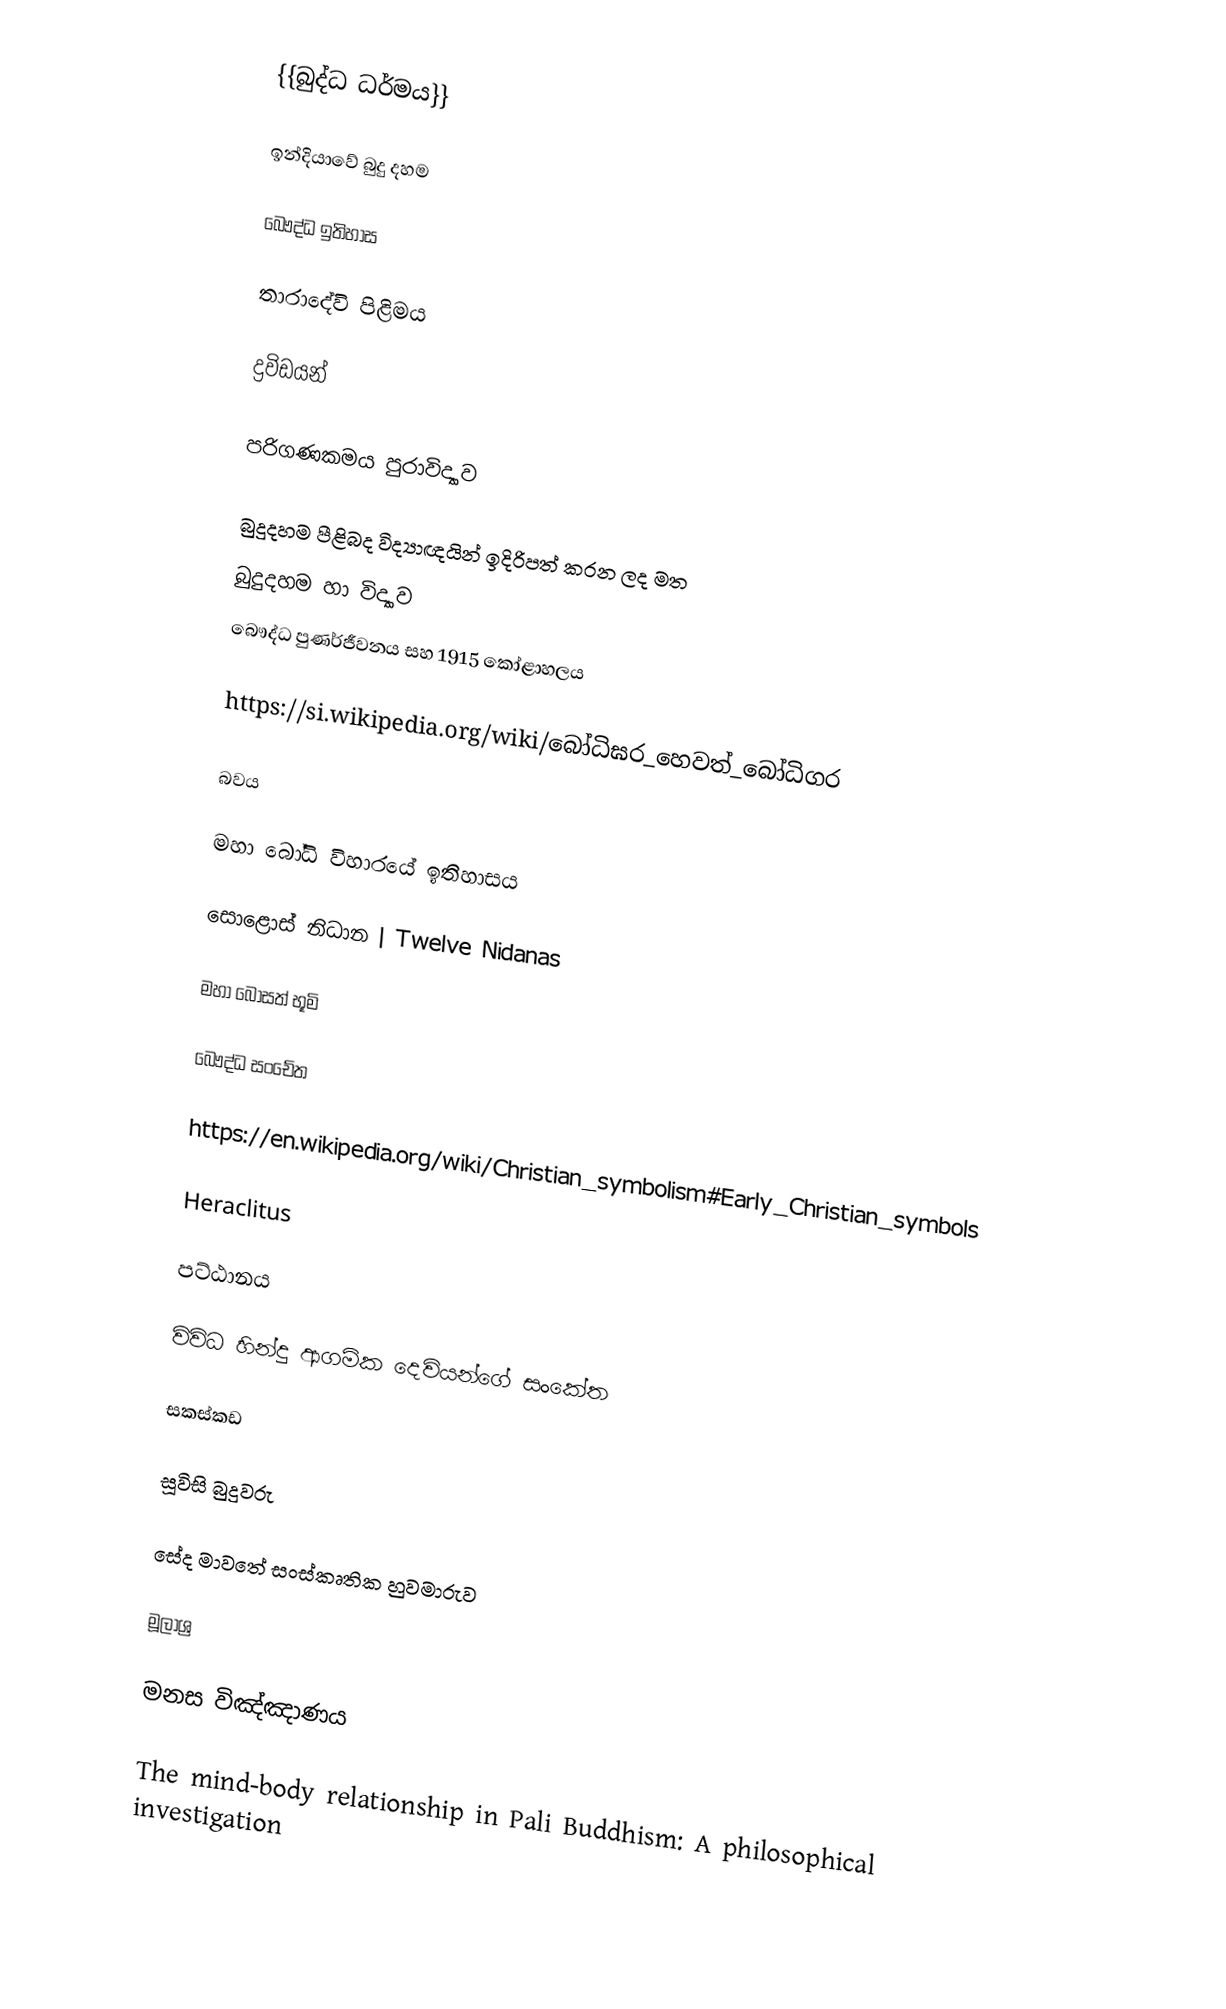
{{බුද්ධ ධර්මය}}

ඉන්දියාවේ බුදු දහම

බෞද්ධ ඉතිහාස

තාරාදේවි පිළිමය

ද්‍රවිඩයන්

පරිගණකමය පුරාවිද්‍යාව

බුදුදහම පීළිබද විද්‍යාඥයින් ඉදිරිපත් කරන ලද මත
 බුදුදහම හා විද්‍යාව
බෞද්ධ පුණර්ජීවනය සහ 1915 කෝළාහලය

https://si.wikipedia.org/wiki/බෝධිඝර_හෙවත්_බෝධිගර

බවය

මහා බෝධි විහාරයේ ඉතිහාසය

සොළොස් නිධාන | Twelve Nidanas

මහා බෝසත් භූමි

බෞද්ධ සංචේත

https://en.wikipedia.org/wiki/Christian_symbolism#Early_Christian_symbols

Heraclitus

පට්ඨානය

විවිධ හින්දු ආගමික දෙවියන්ගේ සංකේත

සකස්කඩ

සූවිසි බුදුවරු

සේද මාව‍තේ සංස්කෘතික හුවමාරුව

මූලාශ්‍ර

මනස   විඤ්ඤාණය

The mind-body relationship in Pali Buddhism: A philosophical investigation